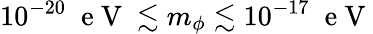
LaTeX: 10^{-20}\; \mathrm{~e~V~}\lesssim m_{\phi}\lesssim 10^{-17}\; \mathrm{~e~V~}